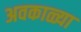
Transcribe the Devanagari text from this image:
अवकाळ्या